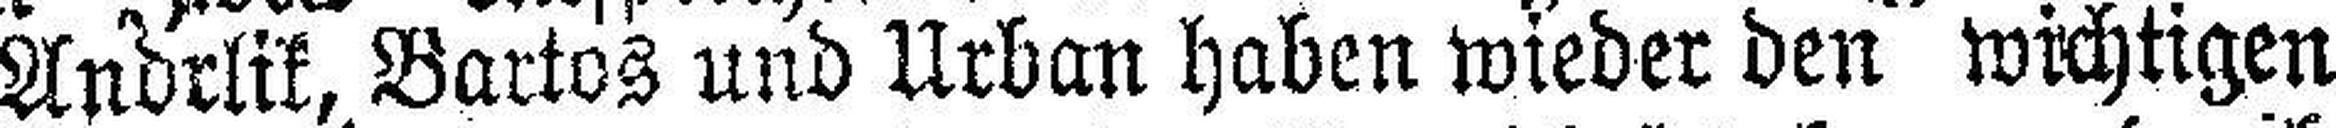
Andrlik, Bartos und Urban haben wieder den wichtigen